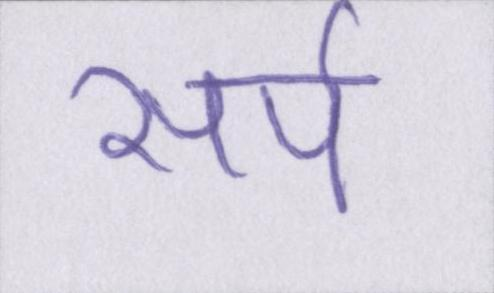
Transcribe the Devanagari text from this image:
सर्प